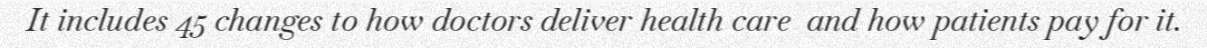
It includes 45 changes to how doctors deliver health care  and how patients pay for it.